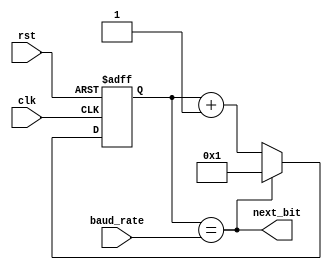
module baud_rate_gen(next_bit, baud_rate, clk, rst);
	input clk, rst;
	input [15:0] baud_rate;
	output reg next_bit;
	reg [15:0] baud_rate_reg;
	always @(posedge clk, posedge rst) begin
    		if (rst) 
			baud_rate_reg <= 16'b1;
    		else if (next_bit) 
			baud_rate_reg <= 16'b1;
         	else 
			baud_rate_reg <= baud_rate_reg + 1'b1;
	end
	always@(baud_rate, baud_rate_reg)
		next_bit = (baud_rate_reg == baud_rate);

endmodule